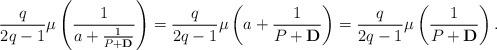
LaTeX: \begin{align*}\frac{q}{2q -1} \mu \left( \frac{1}{a+ \frac{1}{P + {\bf D}}} \right)= \frac{q}{2q -1}\mu \left( a+ \frac{1}{P + {\bf D}} \right) = \frac{q}{2q -1}\mu \left(\frac{1}{P + {\bf D}} \right).\end{align*}